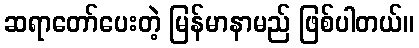
ဆရာတော်ပေးတဲ့ မြန်မာနာမည် ဖြစ်ပါတယ်။